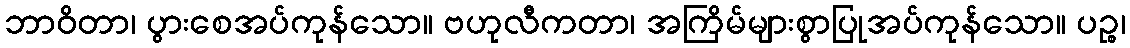
ဘာဝိတာ၊ ပွားစေအပ်ကုန်သော။ ဗဟုလီကတာ၊ အကြိမ်များစွာပြုအပ်ကုန်သော။ ပဉ္စ၊